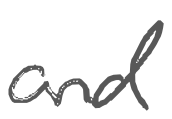
Text: and
Cross-out: clean
Writing tool: digital_gray